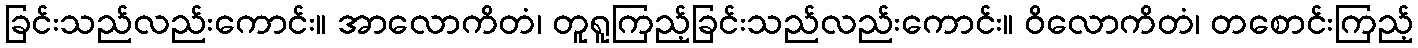
ခြင်းသည်လည်းကောင်း။ အာလောကိတံ၊ တူရူကြည့်ခြင်းသည်လည်းကောင်း။ ဝိလောကိတံ၊ တစောင်းကြည့်